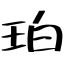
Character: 珀